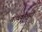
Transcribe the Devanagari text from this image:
तत्‍वकौमुदी